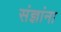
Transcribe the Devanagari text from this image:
संज्ञांना